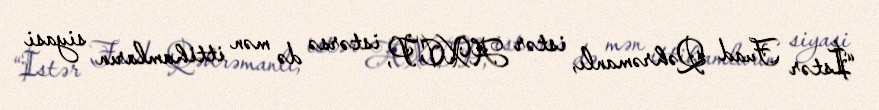
“İstər Fuad Qəhrəmanlı, istər AXCP, istərsə də mən ittihamların siyasi